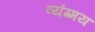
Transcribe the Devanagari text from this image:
व्यंग्मय